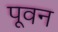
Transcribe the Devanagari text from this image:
पूवन